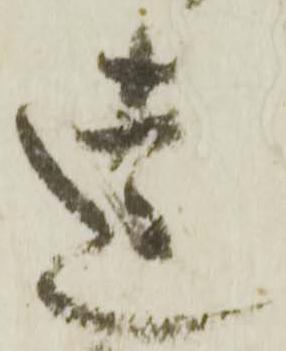
違